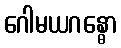
ဂေါမယဂန္ဓော